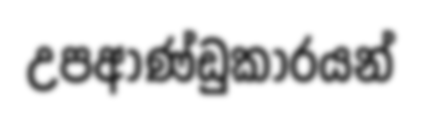
උපආණ්ඩුකාරයන්